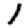
Digit: 1